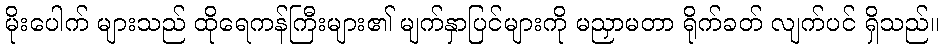
မိုးပေါက် များသည် ထိုရေကန်ကြီးများ၏ မျက်နှာပြင်များကို မညှာမတာ ရိုက်ခတ် လျက်ပင် ရှိသည်။